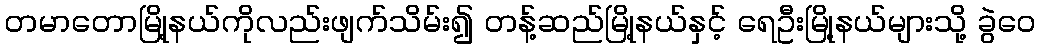
တမာတောမြို့နယ်ကိုလည်းဖျက်သိမ်း၍ တန့်ဆည်မြို့နယ်နှင့် ရေဦးမြို့နယ်များသို့ ခွဲဝေ